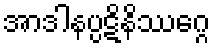
အာဒါနပ္ပဋိနိဿဂ္ဂေ